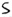
Text: S